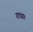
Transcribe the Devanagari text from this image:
राधा।